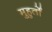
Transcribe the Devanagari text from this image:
मुहुर्तों